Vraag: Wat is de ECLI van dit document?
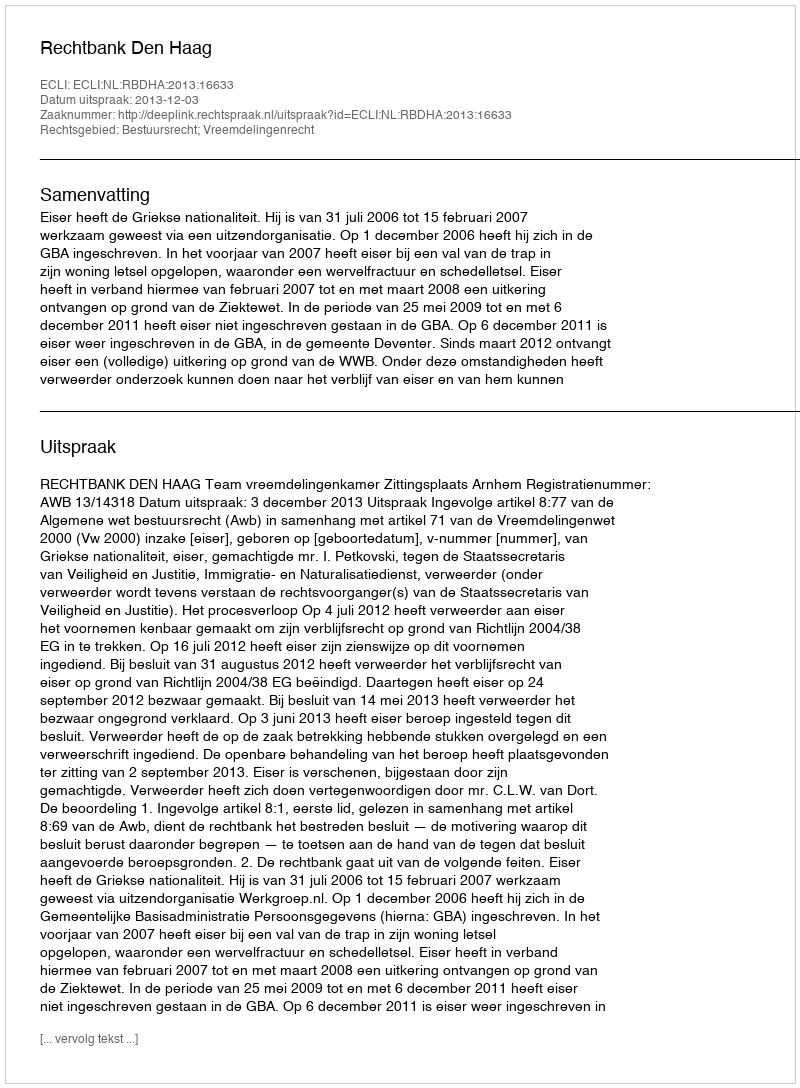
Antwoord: ECLI:NL:RBDHA:2013:16633